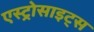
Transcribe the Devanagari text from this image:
एस्ट्रोसाइट्स